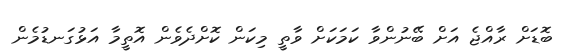
ބޮޑަށް ރާއްޖެ އަށް ބޭނުންވާ ކަމަކަށް ވާތީ މިކަން ކޮށްދެވެން އޮތީމާ އަޅުގަނޑުމެން